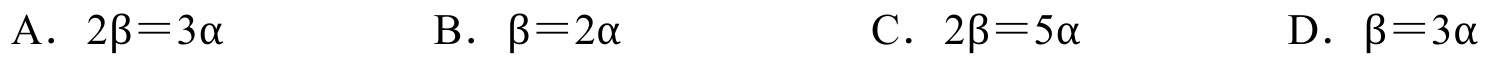
A. \(2\beta = 3\alpha\)  \hspace{3cm} B. \(\beta = 2\alpha\)  \hspace{3cm} C. \(2\beta = 5\alpha\)  \hspace{3cm} D. \(\beta = 3\alpha\)